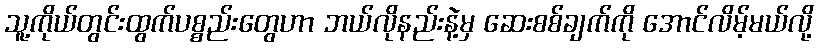
သူ့ကိုယ်တွင်းထွက်ပစ္စည်းတွေဟာ ဘယ်လိုနည်းနဲ့မှ ဆေးစစ်ချက်ကို အောင်လိမ့်မယ်လို့